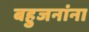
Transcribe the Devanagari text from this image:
बहुजनांना